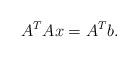
LaTeX: \begin{align*} A^T A x = A^T b.\end{align*}